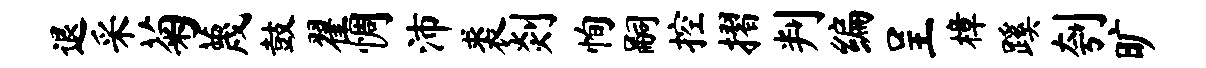
退采菊蔑鼓翟惆沛裘剡恂嗣控摺判编呈樟蹊刳旷